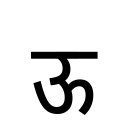
OCR:
ऊ